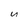
Character: u